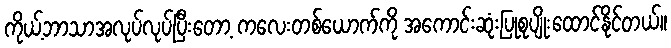
ကိုယ့်ဘာသာအလုပ်လုပ်ပြီးတော့ ကလေးတစ်ယောက်ကို အကောင်းဆုံးပြုစုပျိုးထောင်နိုင်တယ်။